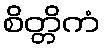
စိတ္တိကံ